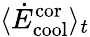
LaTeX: \langle\dot{E}_{\mathrm{cool}}^{\mathrm{cor}}\rangle_{t}